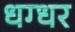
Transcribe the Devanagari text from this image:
धग्धर